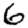
Digit: 6